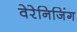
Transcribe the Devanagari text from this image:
वेरेनिजिंग